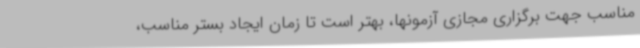
مناسب جهت برگزاری مجازی آزمونها، بهتر است تا زمان ایجاد بستر مناسب،